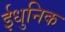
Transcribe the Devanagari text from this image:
ईधुनिक